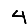
Digit: 4